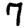
Digit: 7